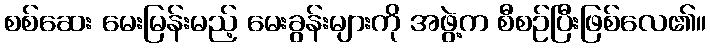
စစ်ဆေး မေးမြန်းမည့် မေးခွန်းများကို အဖွဲ့က စီစဉ်ပြီးဖြစ်လေ၏။